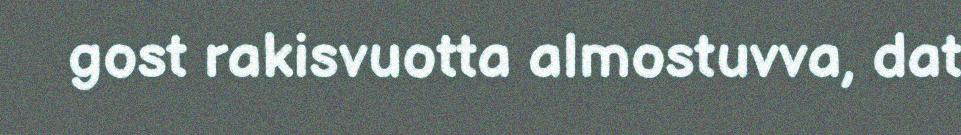
gost rakisvuotta almostuvva, dat